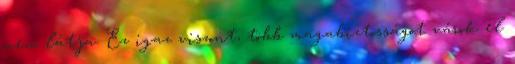
nem látja. Ez igaz viszont, több magabiztosságot várok el